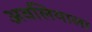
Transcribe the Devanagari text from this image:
अवलियाला